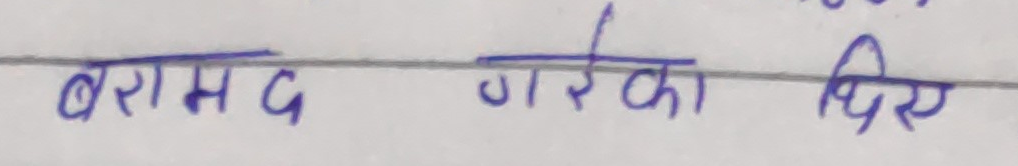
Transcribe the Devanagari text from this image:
बरामद गरिका दिए